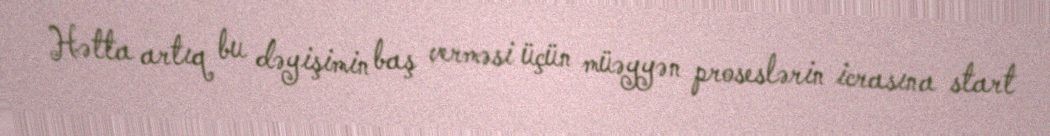
Hətta artıq bu dəyişimin baş verməsi üçün müəyyən proseslərin icrasına start